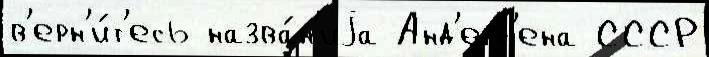
в'ерн'и́т'есь назва́н'иjа Анд'ерс'ена СССР